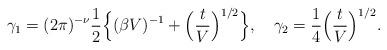
LaTeX: \begin{align*}\gamma_1=(2\pi)^{-\nu }\frac{1}{2}\Big\{(\beta V)^{-1}+\Big(\frac{t}{V}\Big)^{1/2}\Big\},\ \ \ \gamma_2= \frac{1}{4} \Big(\frac{t}{V}\Big)^{1/2}.\end{align*}